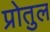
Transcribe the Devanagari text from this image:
प्रोतुल